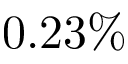
0 . 2 3 \%